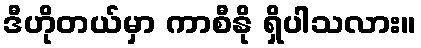
ဒီဟိုတယ်မှာ ကာစီနို ရှိပါသလား။